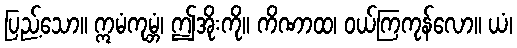
ပြည့်သော။ ဣမံကုမ္ဘံ၊ ဤအိုးကို။ ကိဏာထ၊ ဝယ်ကြကုန်လော။ ယံ၊